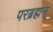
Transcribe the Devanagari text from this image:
परब्रह्मन्